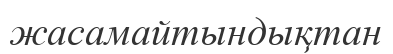
жасамайтындықтан